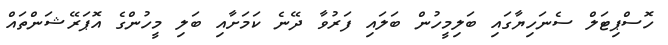
ހޮސްޕިޓަލް ސެނަހިޔާގައި ބަލިމީހުން ބަލައި ފަރުވާ ދޭނެ ކަމަށާއި ބަލި މީހުންގެ އޮޕަރޭޝަންތައް